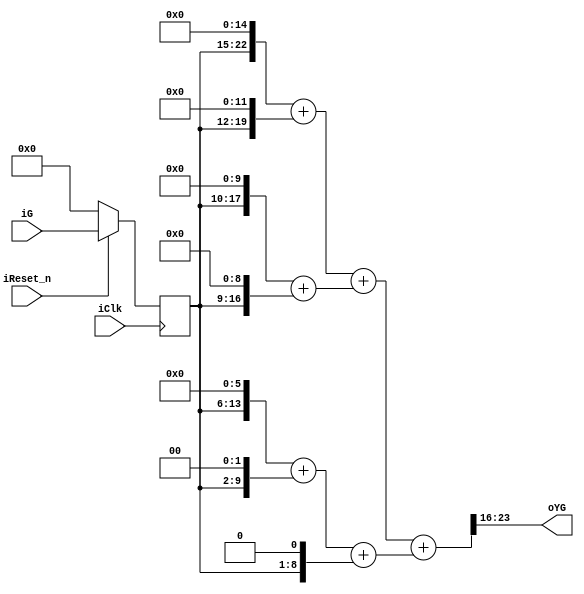
module g2Yg (
				input				iClk,
				input				iReset_n,
				input		[7:0]	iG,
				output		[7:0]	oYG
			);

//====================REGISTERS==================
reg		[7:0]		s1_iG;
//======================WIRES====================
wire	[23:0]		yg;
//===============================================
//	Pre-Calculate
//===============================================
wire	[22:0]		G_shl_15	=	{s1_iG,15'b0};
wire	[19:0]		G_shl_12	=	{s1_iG,12'b0};
wire	[17:0]		G_shl_10	=	{s1_iG,10'b0};
wire	[16:0]		G_shl_9		=	{s1_iG,9'b0};
wire	[13:0]		G_shl_6		=	{s1_iG,6'b0};
wire	[9:0]		G_shl_2		=	{s1_iG,2'b0};
wire	[8:0]		G_shl_1		=	{s1_iG,1'b0};
//===============================================
//	COMBINATION
//===============================================
assign	yg  = ((G_shl_15 + G_shl_12) + (G_shl_10 + G_shl_9)) + ((G_shl_6 + G_shl_2) + G_shl_1);
assign	oYG = yg[23:16];
//===============================================
//	SEQUENCE
//===============================================
always @ (posedge iClk)
	if (~iReset_n)
		s1_iG <= 8'h0;
	else
		s1_iG <= iG;

endmodule